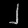
Digit: ၂